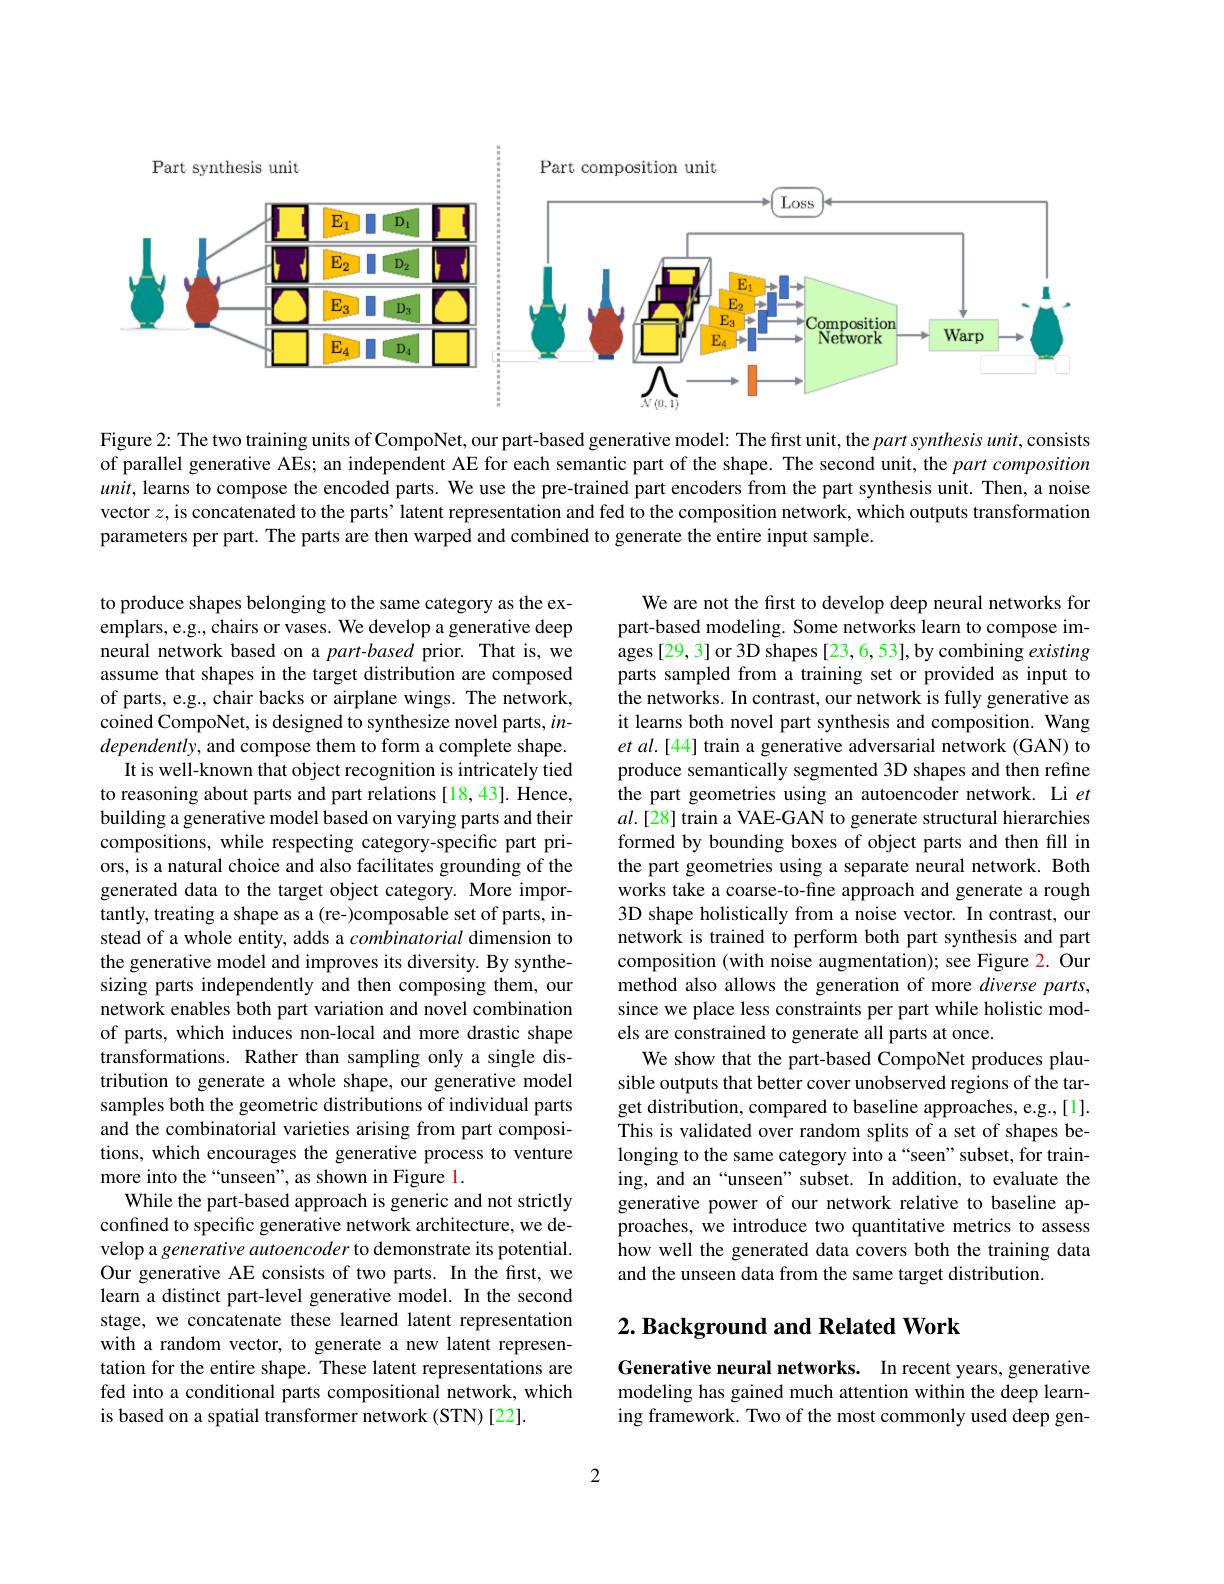
<FigureHere>

Figure 2: The two training units of CompoNet, our part-based generative model: The first unit, the part synthesis $unit$,consists of parallel generative AEs; an independent AE for each semantic part of the shape. The second unit, the part composition $unit$, learns to compose the encoded parts. We use the pre-trained part encoders from the part synthesis unit. Then, a noise vector $z$, is concatenated to the parts’ latent representation and fed to the composition network, which outputs transformation parameters per part. The parts are then warped and combined to generate the entire input sample.

We are not the first to develop deep neural networks for part-based modeling. Some networks learn to compose images[29,3] or 3D shapes[23,6,53],by combining existing parts sampled from a training set or provided as input to the networks. In contrast, our network is fully generative as it learns both novel part synthesis and composition. Wang et al.[44] train a generative adversarial network (GAN) to produce semantically segmented 3D shapes and then refine the part geometries using an autoencoder network. Li $et$ $al.[28]$ train a VAE-GAN to generate structural hierarchies formed by bounding boxes of object parts and then fill in the part geometries using a separate neural network. Both works take a coarse-to-fine approach and generate a rough 3D shape holistically from a noise vector. In contrast, our network is trained to perform both part synthesis and part composition (with noise augmentation); see Figure 2. Our method also allows the generation of more diverse parts, since we place less constraints per part while holistic models are constrained to generate all parts at once.
We show that the part-based CompoNet produces plausible outputs that better cover unobserved regions of the target distribution, compared to baseline approaches, e.g.,[1]. This is validated over random splits of a set of shapes belonging to the same category into a “seen”subset, for training, and an“unseen” subset. In addition, to evaluate the generative power of our network relative to baseline approaches, we introduce two quantitative metrics to assess how well the generated data covers both the training data and the unseen data from the same target distribution.

to produce shapes belonging to the same category as the exemplars, e.g., chairs or vases. We develop a generative deep neural network based on a $part-based$ prior. That is, we assume that shapes in the target distribution are composed of parts, e.g., chair backs or airplane wings. The network, coined CompoNet, is designed to synthesize novel parts, $in$- $dependently$, and compose them to form a complete shape.
It is well-known that object recognition is intricately tied to reasoning about parts and part relations [18,43]. Hence, building a generative model based on varying parts and their compositions, while respecting category-specific part priors, is a natural choice and also facilitates grounding of the generated data to the target object category. More importantly, treating a shape as a (re-)composable set of parts, instead of a whole entity, adds a combinatorial dimension to the generative model and improves its diversity. By synthesizing parts independently and then composing them, our network enables both part variation and novel combination of parts, which induces non-local and more drastic shape transformations. Rather than sampling only a single distribution to generate a whole shape, our generative model samples both the geometric distributions of individual parts and the combinatorial varieties arising from part compositions, which encourages the generative process to venture more into the“unseen”, as shown in Figure 1.
While the part-based approach is generic and not strictly confined to specific generative network architecture, we develop a generative autoencoder to demonstrate its potential. Our generative AE consists of two parts. In the first, we learn a distinct part-level generative model. In the second stage, we concatenate these learned latent representation with a random vector, to generate a new latent representation for the entire shape. These latent representations are fed into a conditional parts compositional network, which is based on a spatial transformer network (STN)[22].

## $2. \textbf{ Background and Related Work}$

Generative neural networks. In recent years, generative modeling has gained much attention within the deep learning framework. Two of the most commonly used deep gen-

2